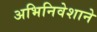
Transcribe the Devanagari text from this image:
अभिनिवेशाने